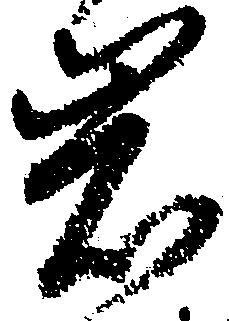
岩